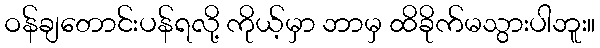
ဝန်ချတောင်းပန်ရလို့ ကိုယ့်မှာ ဘာမှ ထိခိုက်မသွားပါဘူး။